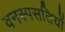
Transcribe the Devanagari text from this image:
वनस्पसतियों